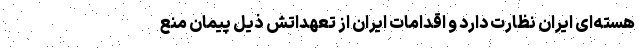
هسته‌ای ایران نظارت دارد و اقدامات ایران از تعهداتش ذیل پیمان منع